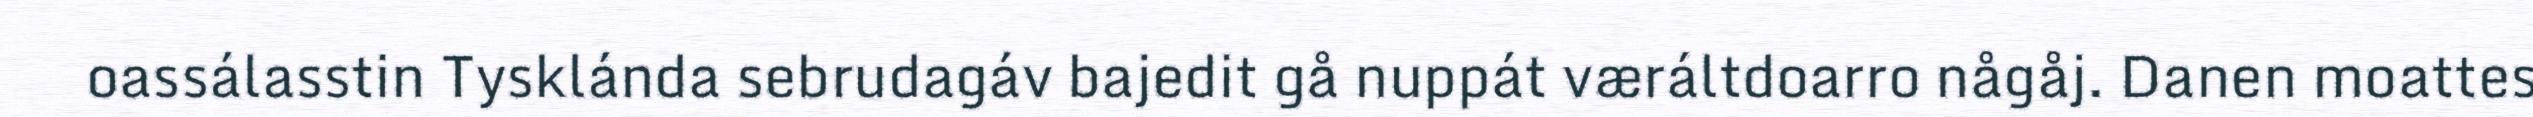
oassálasstin Tysklánda sebrudagáv bajedit gå nuppát væráltdoarro någåj. Danen moattes